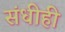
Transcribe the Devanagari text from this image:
संधीही